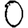
Digit: 0